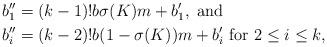
LaTeX: \begin{align*}b''_1 &= (k-1)!b\sigma(K)m + b'_1, \mbox{ and} \\b''_i &= (k-2)!b(1-\sigma(K))m + b'_i \mbox{ for $2 \leq i \leq k$,}\end{align*}